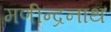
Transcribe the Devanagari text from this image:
मणीन्द्रनाथ